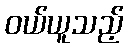
ဝယ်ယူသည့်